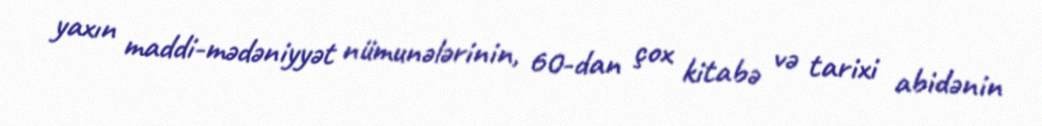
yaxın maddi-mədəniyyət nümunələrinin, 60-dan çox kitabə və tarixi abidənin